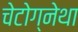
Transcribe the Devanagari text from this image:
चेटोग्नेथा